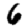
Digit: 6